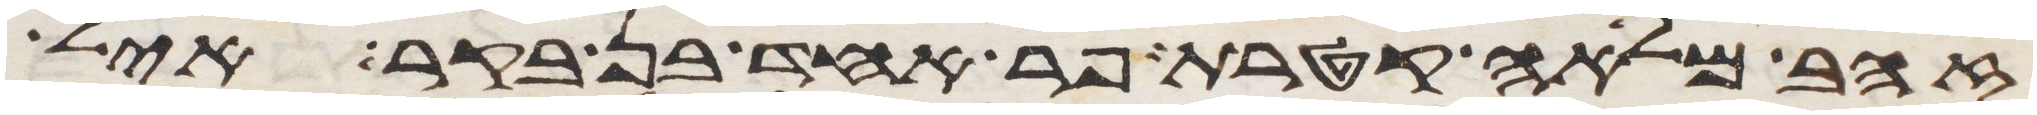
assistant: זהב מלאה קטרת פר אחד בן בקר איל